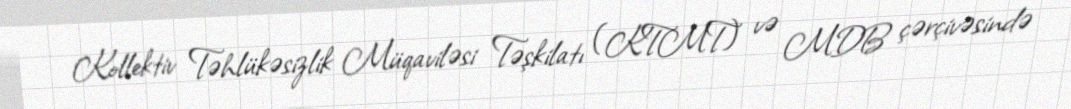
Kollektiv Təhlükəsizlik Müqaviləsi Təşkilatı (KTMT) və MDB çərçivəsində